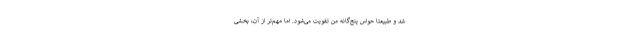
شد و طبیعتاً حواس پنج‌گانه من تقویت می‌شود. اما مهم‌تر از آن، بخشی